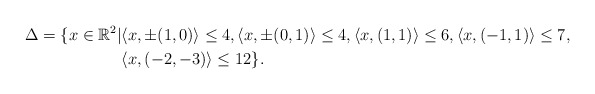
\begin{align*} \Delta =\{x\in\mathbb{R}^2|&\langle x,\pm(1,0)\rangle\leq4,\langle x,\pm(0,1)\rangle\leq4,\langle x,(1,1)\rangle\leq6,\langle x,(-1,1)\rangle\leq7,\\&\langle x,(-2,-3)\rangle\leq12\}.\end{align*}